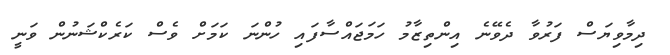
ދިމާވިޔަސް ފަރުވާ ދެވޭނެ އިންތިޒާމު ހަމަޖައްސާފައި ހުންނަ ކަމަށް ވެސް ކަރެކްޝަނުން ވަނީ